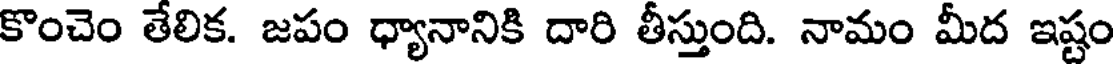
కొంచెం తేలిక. జపం ధ్యానానికి దారి తీస్తుంది. నామం మీద ఇష్టం